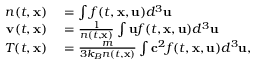
\begin{array} { r l } { n ( t , \mathbf { x } ) } & { { } = \int f ( t , \mathbf { x } , \mathbf { u } ) d ^ { 3 } \mathbf { u } } \\ { \mathbf { v } ( t , \mathbf { x } ) } & { { } = \frac { 1 } { n ( t , \mathbf { x } ) } \int \mathbf { u } f ( t , \mathbf { x } , \mathbf { u } ) d ^ { 3 } \mathbf { u } } \\ { T ( t , \mathbf { x } ) } & { { } = \frac { m } { 3 k _ { B } n ( t , \mathbf { x } ) } \int \mathbf { c } ^ { 2 } f ( t , \mathbf { x } , \mathbf { u } ) d ^ { 3 } \mathbf { u } , } \end{array}